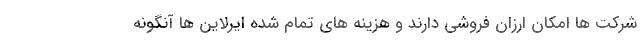
شرکت ها امکان ارزان فروشی دارند و هزینه های تمام شده ایرلاین ها آنگونه